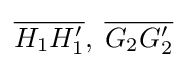
{\overline {H_{1}H'_{1}}},\;{\overline {G_{2}G'_{2}}}